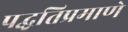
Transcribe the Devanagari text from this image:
पद्धतिप्रमाणे